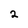
Character: 2